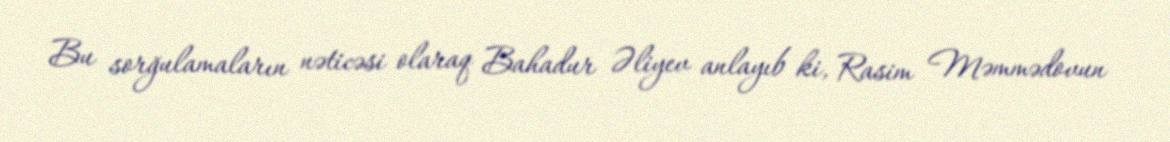
Bu sorğulamaların nəticəsi olaraq Bahadur Əliyev anlayıb ki, Rasim Məmmədovun